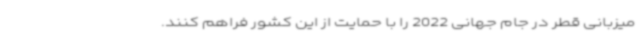
میزبانی قطر در جام جهانی 2022 را با حمایت از این کشور فراهم کنند.